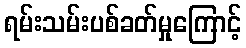
ရမ်းသမ်းပစ်ခတ်မှုကြောင့်